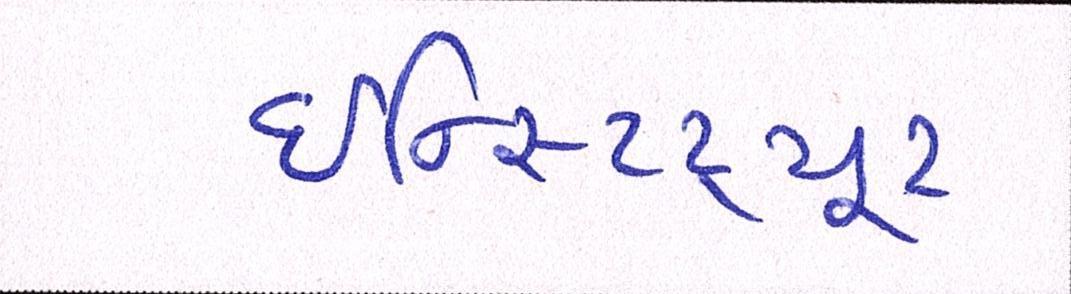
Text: ઇન્સ્ટિટ્યૂટ